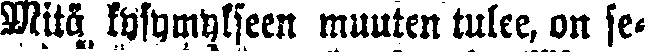
Mitä kysymykseen muuten tulee, on se-